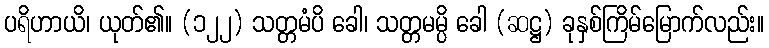
ပရိဟာယိ၊ ယုတ်၏။ (၁၂၂) သတ္တမံပိ ခေါ၊ သတ္တမမ္ပိ ခေါ (ဆဋ္ဌ) ခုနှစ်ကြိမ်မြောက်လည်း။